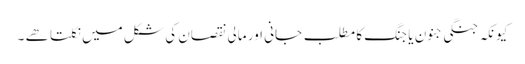
کیونکہ جنگی جنون یا جنگ کا مطلب جانی اور مالی نقصان کی شکل میں نکلتا ھے ۔